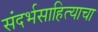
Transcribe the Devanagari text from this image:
संदर्भसाहित्याचा